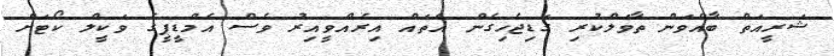
ޝަރީއަތް ބާއްވަން ތާވަލްކުރި ގަޑިޖެހިގެން އެތައް އިރެއްވީއިރު ވެސް އެމްޑީޕީގެ ވަކީލް ކޯޓަށް